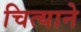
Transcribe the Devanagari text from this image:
चित्याने